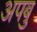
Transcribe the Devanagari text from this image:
अपबु